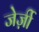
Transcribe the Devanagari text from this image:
जेर्ज़ी